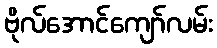
ဗိုလ်အောင်ကျော်လမ်း